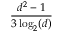
\frac { d ^ { 2 } - 1 } { 3 \log _ { 2 } ( d ) }